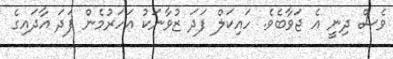
ވެސް ދިނީ އެ ޖަވާބެވެ. ހައިކަލް ފަދަ ޒުވާނަކު އަހަރުމެން ފަދަ އާދައިގެ